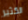
الكثير